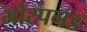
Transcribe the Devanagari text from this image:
भोरपगड